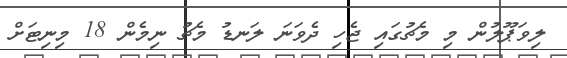
ލިވަޕޫލުން މި މެޗުގައި ޖެހި ދެވަނަ ލަނޑު މެޗު ނިމެން 18 މިނިޓަށް